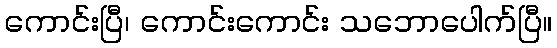
ကောင်းပြီ၊ ကောင်းကောင်း သဘောပေါက်ပြီ။